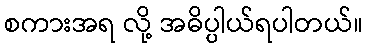
စကားအရ လို့ အဓိပ္ပါယ်ရပါတယ်။